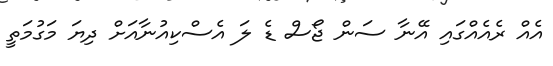
އެއް ރެއެއްގައި އޭނާ ސަން ޖޯސް ޑެ ލަ އެސްކިއުނާއަށް ދިޔަ މަގުމަތީ